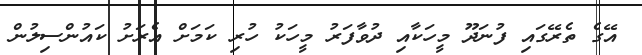
އޭގެ ތެރޭގައި ފުނަދޫ މީހަކާއި ދުވާފަރު މީހަކު ހުރި ކަމަށް އެރަށު ކައުންސިލުން